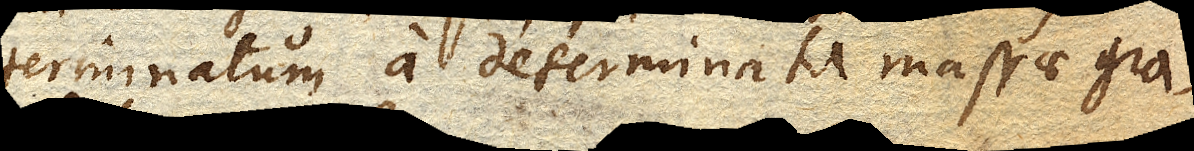
terminatum a determinata massae gra–